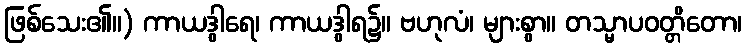
ဖြစ်သေး၏။) ကာယဒွါရေ၊ ကာယဒွါရ၌။ ဗဟုလံ၊ များစွာ။ တသ္မာပဝတ္တိတော၊